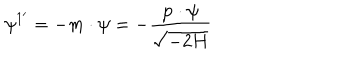
LaTeX: \psi ^ { 1 ^ { \prime } } = - m \cdot \psi = - \frac { { \bf p \cdot \psi } } { \sqrt { - 2 H } }